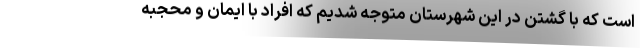
است که با گشتن در این شهرستان متوجه شدیم که افراد با ایمان و محجبه